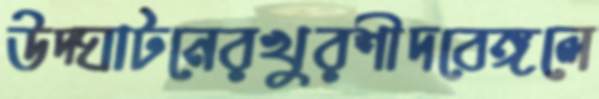
উদ্ঘাটনেরখুরশীদবেঙ্গলে